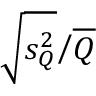
\left. { \sqrt { s _ { Q } ^ { 2 } } } \middle / { \overline { { Q } } } \right.